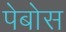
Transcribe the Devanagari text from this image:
पेबोस